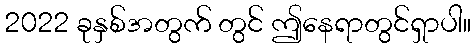
2022 ခုနှစ်အတွက် တွင် ဤနေရာတွင်ရှာပါ။